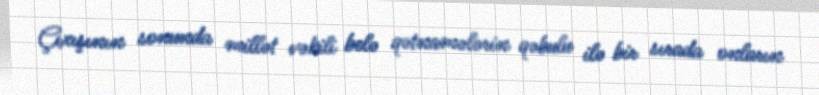
Çıxışının sonunda millət vəkili belə qətnamələrin qəbulu ilə bir sırada onların